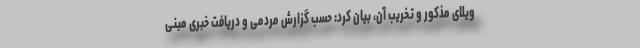
ویلای مذکور و تخریب آن، بیان کرد: حسب گزارش مردمی و دریافت خبری مبنی